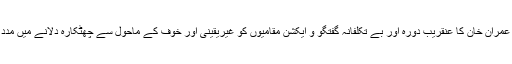
شاید عمران خان کا عنقریب دورہ اور بے تکلفانہ گفتگو و ایکشن مقامیوں کو غیریقینی اور خوف کے ماحول سے چھٹکارہ دلانے میں مدد دے۔